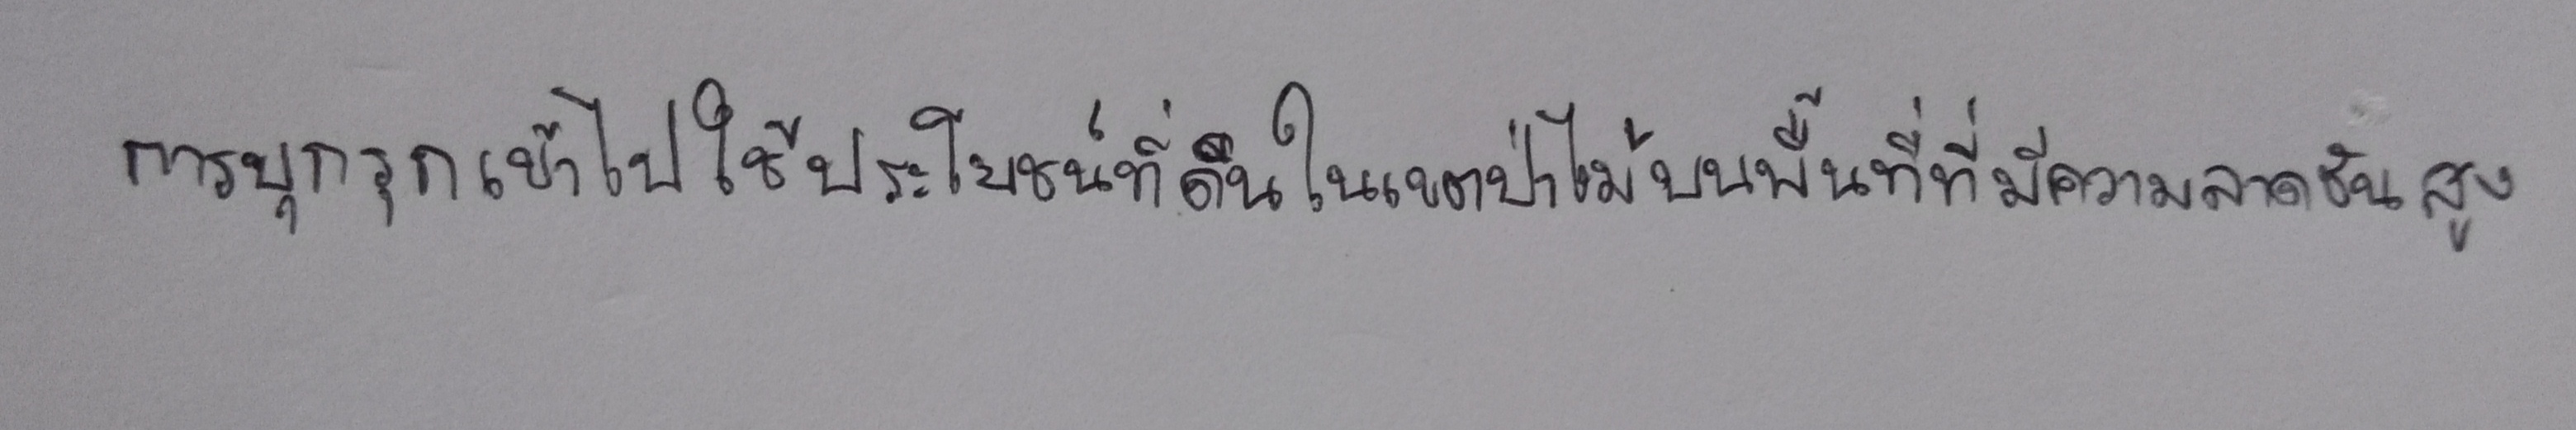
การบุกรุกเข้าไปใช้ประโยชน์ที่ดินในเขตป่าไม้บนพื้นที่ที่มีความลาดชันสูง